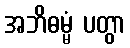
အဘိဓမ္မံ ပတွာ